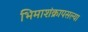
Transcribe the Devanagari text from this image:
भिमाशंक्रापसल्या